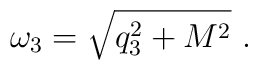
\omega_3 = \sqrt{q_3^2+M^2} \ .